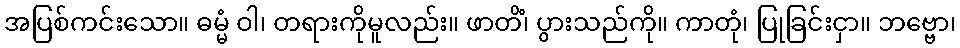
အပြစ်ကင်းသော။ ဓမ္မံ ဝါ၊ တရားကိုမူလည်း။ ဖာတိံ၊ ပွားသည်ကို။ ကာတုံ၊ ပြုခြင်းငှာ။ ဘဗ္ဗော၊